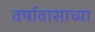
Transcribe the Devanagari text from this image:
वर्षावासाच्या